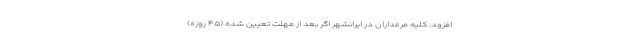
افزود: کلیه مرغداران در ایرانشهر اگر بعد از مهلت تعیین شده (۴۵ روزه)